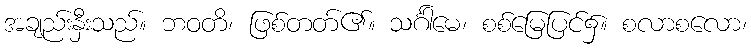
အချည်းနှီးသည်။ ဘဝတိ၊ ဖြစ်တတ်၏။ သင်္ဂါမေ၊ စစ်မြေပြင်၌။ စလာစလော၊